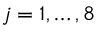
j = 1 , \ldots , 8